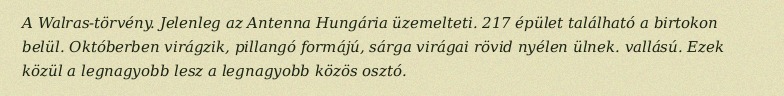
A Walras-törvény. Jelenleg az Antenna Hungária üzemelteti. 217 épület található a birtokon belül. Októberben virágzik, pillangó formájú, sárga virágai rövid nyélen ülnek. vallású. Ezek közül a legnagyobb lesz a legnagyobb közös osztó.